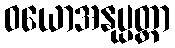
ဝယောအနုပ္ပတ္တာ